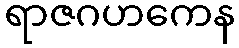
ရာဇဂဟကေန